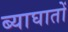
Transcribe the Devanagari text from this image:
ब्याघातों